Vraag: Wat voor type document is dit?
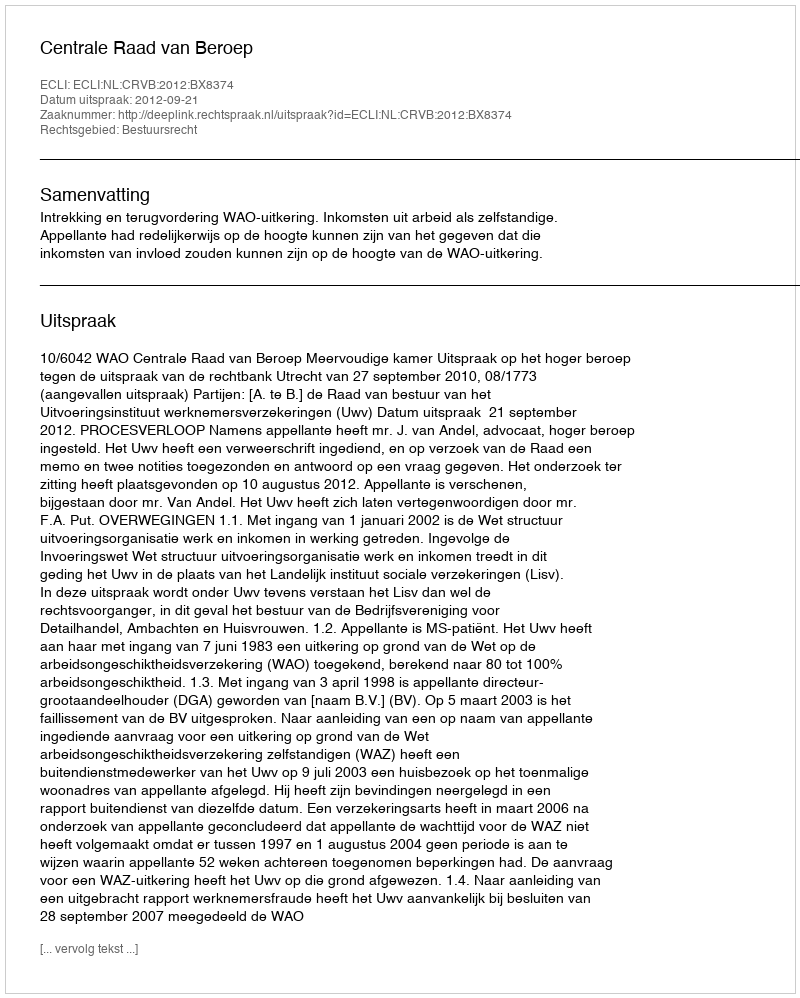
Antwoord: Uitspraak